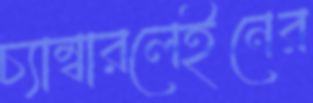
চ্যাম্বারলেইনের